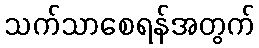
သက်သာစေရန်အတွက်